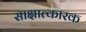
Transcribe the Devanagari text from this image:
साक्षात्कारक